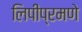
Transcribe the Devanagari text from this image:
लिपींप्रमणे